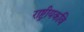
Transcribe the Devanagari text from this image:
राष्ट्रीयकवि